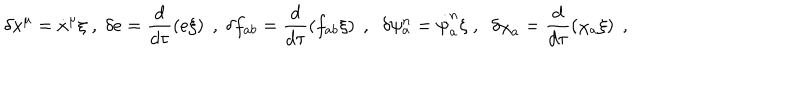
LaTeX: \delta x ^ { \mu } = { \dot { x } } ^ { \mu } \xi \; , \; \delta e = \frac { d } { d \tau } \left( e \xi \right) \; , \; \delta f _ { a b } = \frac { d } { d \tau } \left( f _ { a b } \xi \right) \; , \; \; \delta \psi _ { a } ^ { n } = \dot { \psi } _ { a } ^ { n } \xi \; , \; \; \delta { \chi } _ { a } = \frac { d } { d \tau } \left( \chi _ { a } \xi \right) \; ,